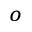
^ o